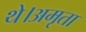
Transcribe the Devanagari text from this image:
थे।अमृता